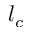
l _ { c }